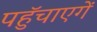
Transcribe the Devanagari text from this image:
पहुॅचाएगें